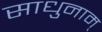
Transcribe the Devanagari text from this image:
साधुनाम्